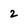
Character: 2